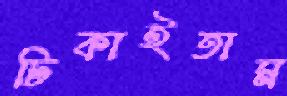
ঢিকাইতাম